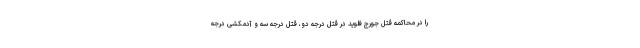
را در محاکمه قتل جورج فلوید در قتل درجه دو، قتل درجه سه و آدمکشی درجه